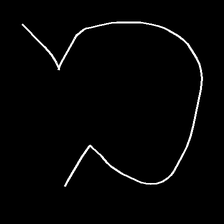
Glyph: weave